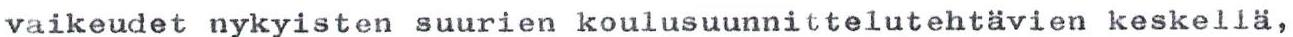
vaikeudet nykyisten suurien koulusuunnittelutehtävien keskellä,